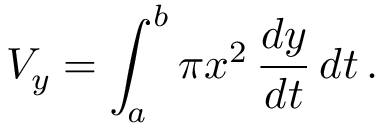
V _ { y } = \int _ { a } ^ { b } \pi x ^ { 2 } \, { \frac { d y } { d t } } \, d t \, .